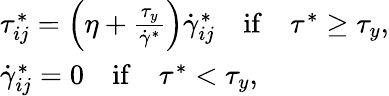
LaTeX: \begin{array}{ll}{\tau_{ij}^{*}=\left(\eta+\frac{\tau_{y}}{\dot{\gamma}^{*}}\right){\dot{\gamma}}_{ij}^{*}\quad\mathrm{if}\quad\tau^{*}\geq\tau_{y},}\\ {{\dot{\gamma}}_{ij}^{*}=0\quad\mathrm{if}\quad\tau^{*}<\tau_{y},}\end{array}